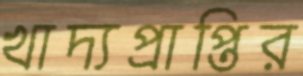
খাদ্যপ্রাপ্তির